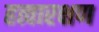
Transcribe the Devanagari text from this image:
हत्वारक्षण